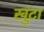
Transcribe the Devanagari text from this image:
खुंटा